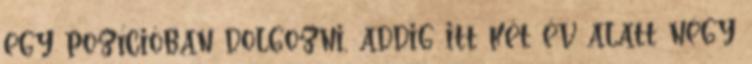
egy pozícióban dolgozni, addig itt két év alatt négy